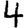
Digit: 4